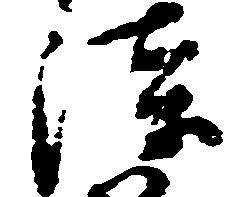
漆